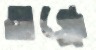
অন্ধ্রে